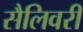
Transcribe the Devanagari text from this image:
सैलिवरी